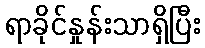
ရာခိုင်နှုန်းသာရှိပြီး